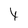
Character: t